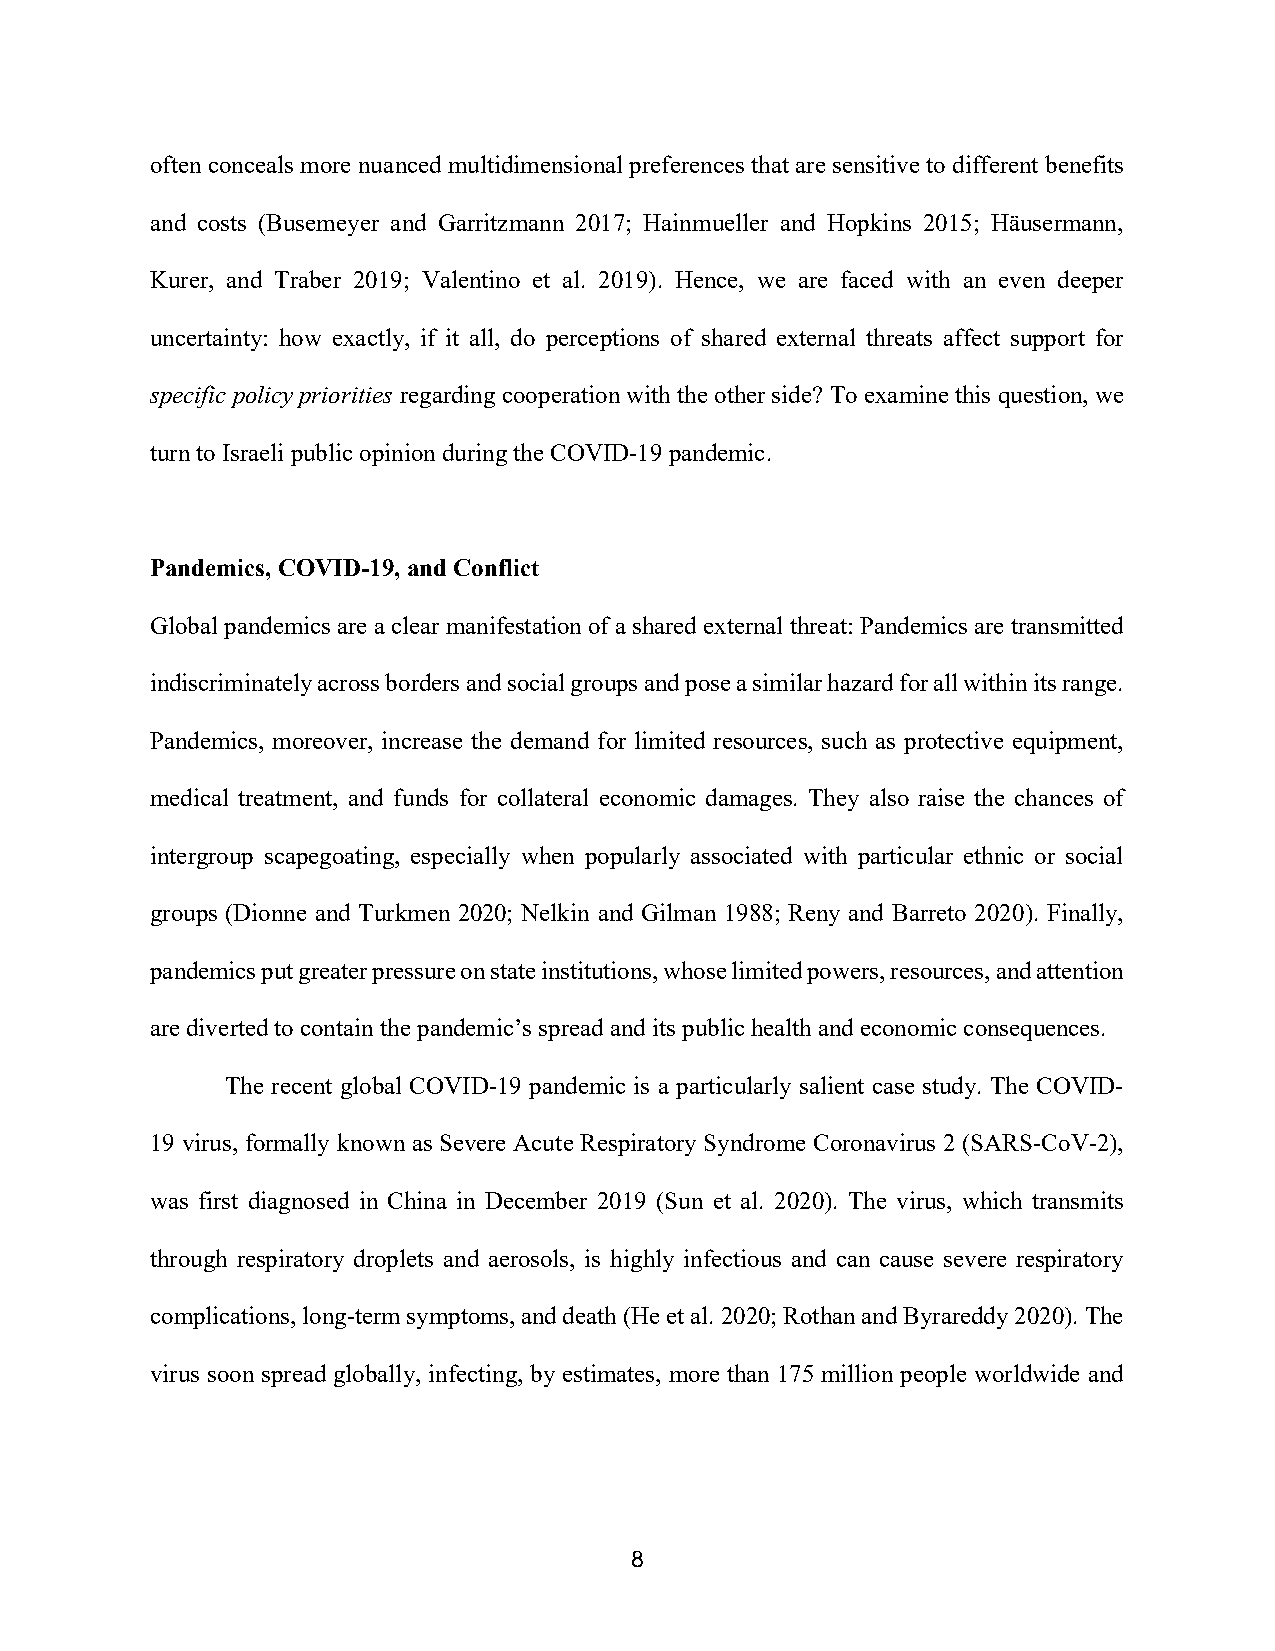
often conceals more nuanced multidimensional preferences that are sensitive to different benefits
 and costs (Busemeyer and Garritzmann 2017; Hainmueller and Hopkins 2015; Häusermann,
 Kurer, and Traber 2019; Valentino et al. 2019). Hence, we are faced with an even deeper
 uncertainty: how exactly, if it all, do perceptions of shared external threats affect support for
 specific policy priorities regarding cooperation with the other side? To examine this question, we
 turn to Israeli public opinion during the COVID-19 pandemic.
 Pandemics, COVID-19, and Conflict
 Global pandemics are a clear manifestation of a shared external threat: Pandemics are transmitted
 indiscriminately across borders and social groups and pose a similar hazard for all within its range.
 Pandemics, moreover, increase the demand for limited resources, such as protective equipment,
 medical treatment, and funds for collateral economic damages. They also raise the chances of
 intergroup scapegoating, especially when popularly associated with particular ethnic or social
 groups (Dionne and Turkmen 2020; Nelkin and Gilman 1988; Reny and Barreto 2020). Finally,
 pandemics put greater pressure on state institutions, whose limited powers, resources, and attention
 are diverted to contain the pandemic’s spread and its public health and economic consequences.
 The recent global COVID-19 pandemic is a particularly salient case study. The COVID-
 19 virus, formally known as Severe Acute Respiratory Syndrome Coronavirus 2 (SARS-CoV-2),
 was first diagnosed in China in December 2019 (Sun et al. 2020). The virus, which transmits
 through respiratory droplets and aerosols, is highly infectious and can cause severe respiratory
 complications, long-term symptoms, and death (He et al. 2020; Rothan and Byrareddy 2020). The
 virus soon spread globally, infecting, by estimates, more than 175 million people worldwide and
 8